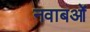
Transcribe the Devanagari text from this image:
नवाबओं